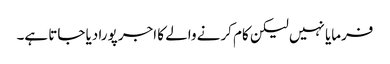
فرمایا نہیں لیکن کام کرنے والے کا اجر پورا دیا جاتا ہے۔